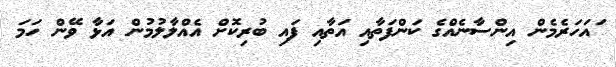
ައަހަރެމެން އިންސާނެއްގެ ކަންފަތާއި އަތާއި ފައި ބުރިކޮށް އެއްލާލުމުން އަޅާ ވޭން ހަމަ